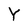
Character: Y